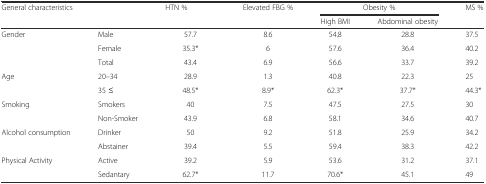
| <ROWSPAN=2-COLSPAN=2> General characteristics | <ROWSPAN=2> HTN % | <ROWSPAN=2> Elevated FBG % | <COLSPAN=2> Obesity % | MS % |
 | High BMI | Abdominal obesity |  |
 | --- | --- | --- | --- | --- | --- | --- |
 | <ROWSPAN=3> Gender | Male | 57.7 | 8.6 | 54.8 | 28.8 | 37.5 |
 | Female | 35.3* | 6 | 57.6 | 36.4 | 40.2 |
 | Total | 43.4 | 6.9 | 56.6 | 33.7 | 39.2 |
 | <ROWSPAN=2> Age | 20–34 | 28.9 | 1.3 | 40.8 | 22.3 | 25 |
 | 35 ≤ | 48.5* | 8.9* | 62.3* | 37.7* | 44.3* |
 | <ROWSPAN=2> Smoking | Smokers | 40 | 7.5 | 47.5 | 27.5 | 30 |
 | Non-Smoker | 43.9 | 6.8 | 58.1 | 34.6 | 40.7 |
 | <ROWSPAN=2> Alcohol consumption | Drinker | 50 | 9.2 | 51.8 | 25.9 | 34.2 |
 | Abstainer | 39.4 | 5.5 | 59.4 | 38.3 | 42.2 |
 | <ROWSPAN=2> Physical Activity | Active | 39.2 | 5.9 | 53.6 | 31.2 | 37.1 |
 | Sedantary | 62.7* | 11.7 | 70.6* | 45.1 | 49 |